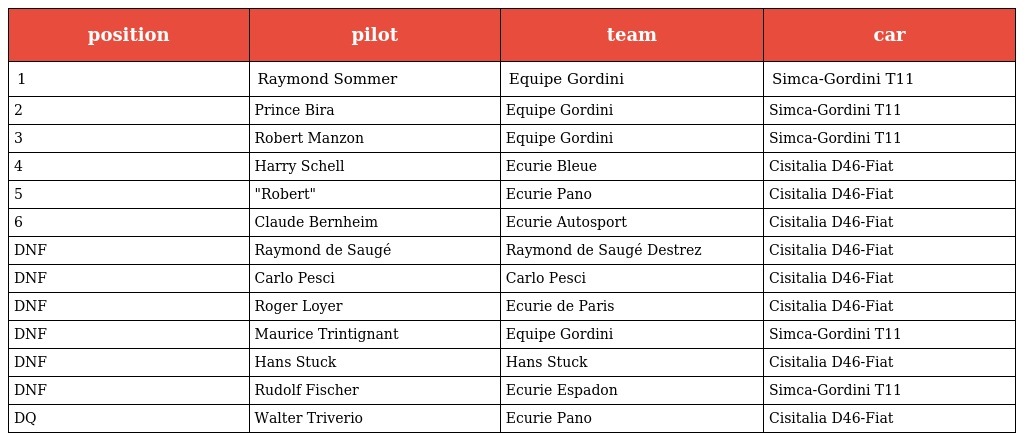
| position | pilot | team | car |
 | --- | --- | --- | --- |
 | 1 | Raymond Sommer | Equipe Gordini | Simca-Gordini T11 |
 | 2 | Prince Bira | Equipe Gordini | Simca-Gordini T11 |
 | 3 | Robert Manzon | Equipe Gordini | Simca-Gordini T11 |
 | 4 | Harry Schell | Ecurie Bleue | Cisitalia D46-Fiat |
 | 5 | "Robert" | Ecurie Pano | Cisitalia D46-Fiat |
 | 6 | Claude Bernheim | Ecurie Autosport | Cisitalia D46-Fiat |
 | DNF | Raymond de Saugé | Raymond de Saugé Destrez | Cisitalia D46-Fiat |
 | DNF | Carlo Pesci | Carlo Pesci | Cisitalia D46-Fiat |
 | DNF | Roger Loyer | Ecurie de Paris | Cisitalia D46-Fiat |
 | DNF | Maurice Trintignant | Equipe Gordini | Simca-Gordini T11 |
 | DNF | Hans Stuck | Hans Stuck | Cisitalia D46-Fiat |
 | DNF | Rudolf Fischer | Ecurie Espadon | Simca-Gordini T11 |
 | DQ | Walter Triverio | Ecurie Pano | Cisitalia D46-Fiat |